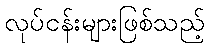
လုပ်ငန်းများဖြစ်သည့်